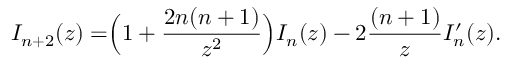
I _ { n + 2 } ( z ) = \Bigr ( 1 + { \frac { 2 n ( n + 1 ) } { z ^ { 2 } } } \Bigr ) I _ { n } ( z ) - 2 { \frac { ( n + 1 ) } { z } } I _ { n } ^ { \prime } ( z ) .